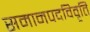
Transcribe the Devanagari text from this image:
समानपदविवृति